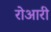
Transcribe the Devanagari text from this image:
रोआरी